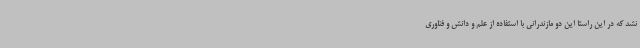
نشد که در این راستا این دو مازندرانی با استفاده از علم و دانش و فناوری